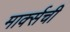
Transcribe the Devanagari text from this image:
मार्क्सची